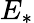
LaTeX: E_{\ast}